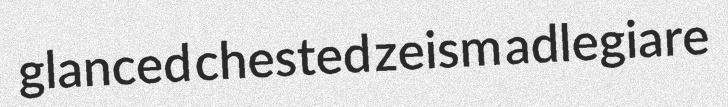
glanced chested zeism adlegiare